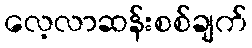
လေ့လာဆန်းစစ်ချက်